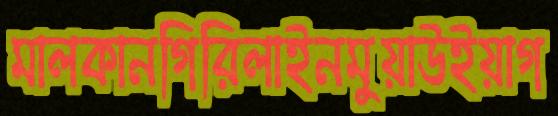
মালকানগিরিলাইনমুয়াউইয়াগ